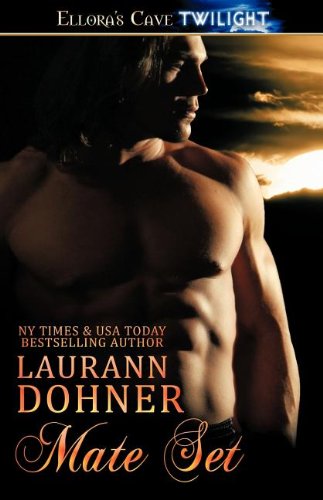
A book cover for Mate Set (Ellora's Cave. Twilight); Laurann Dohner; Romance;